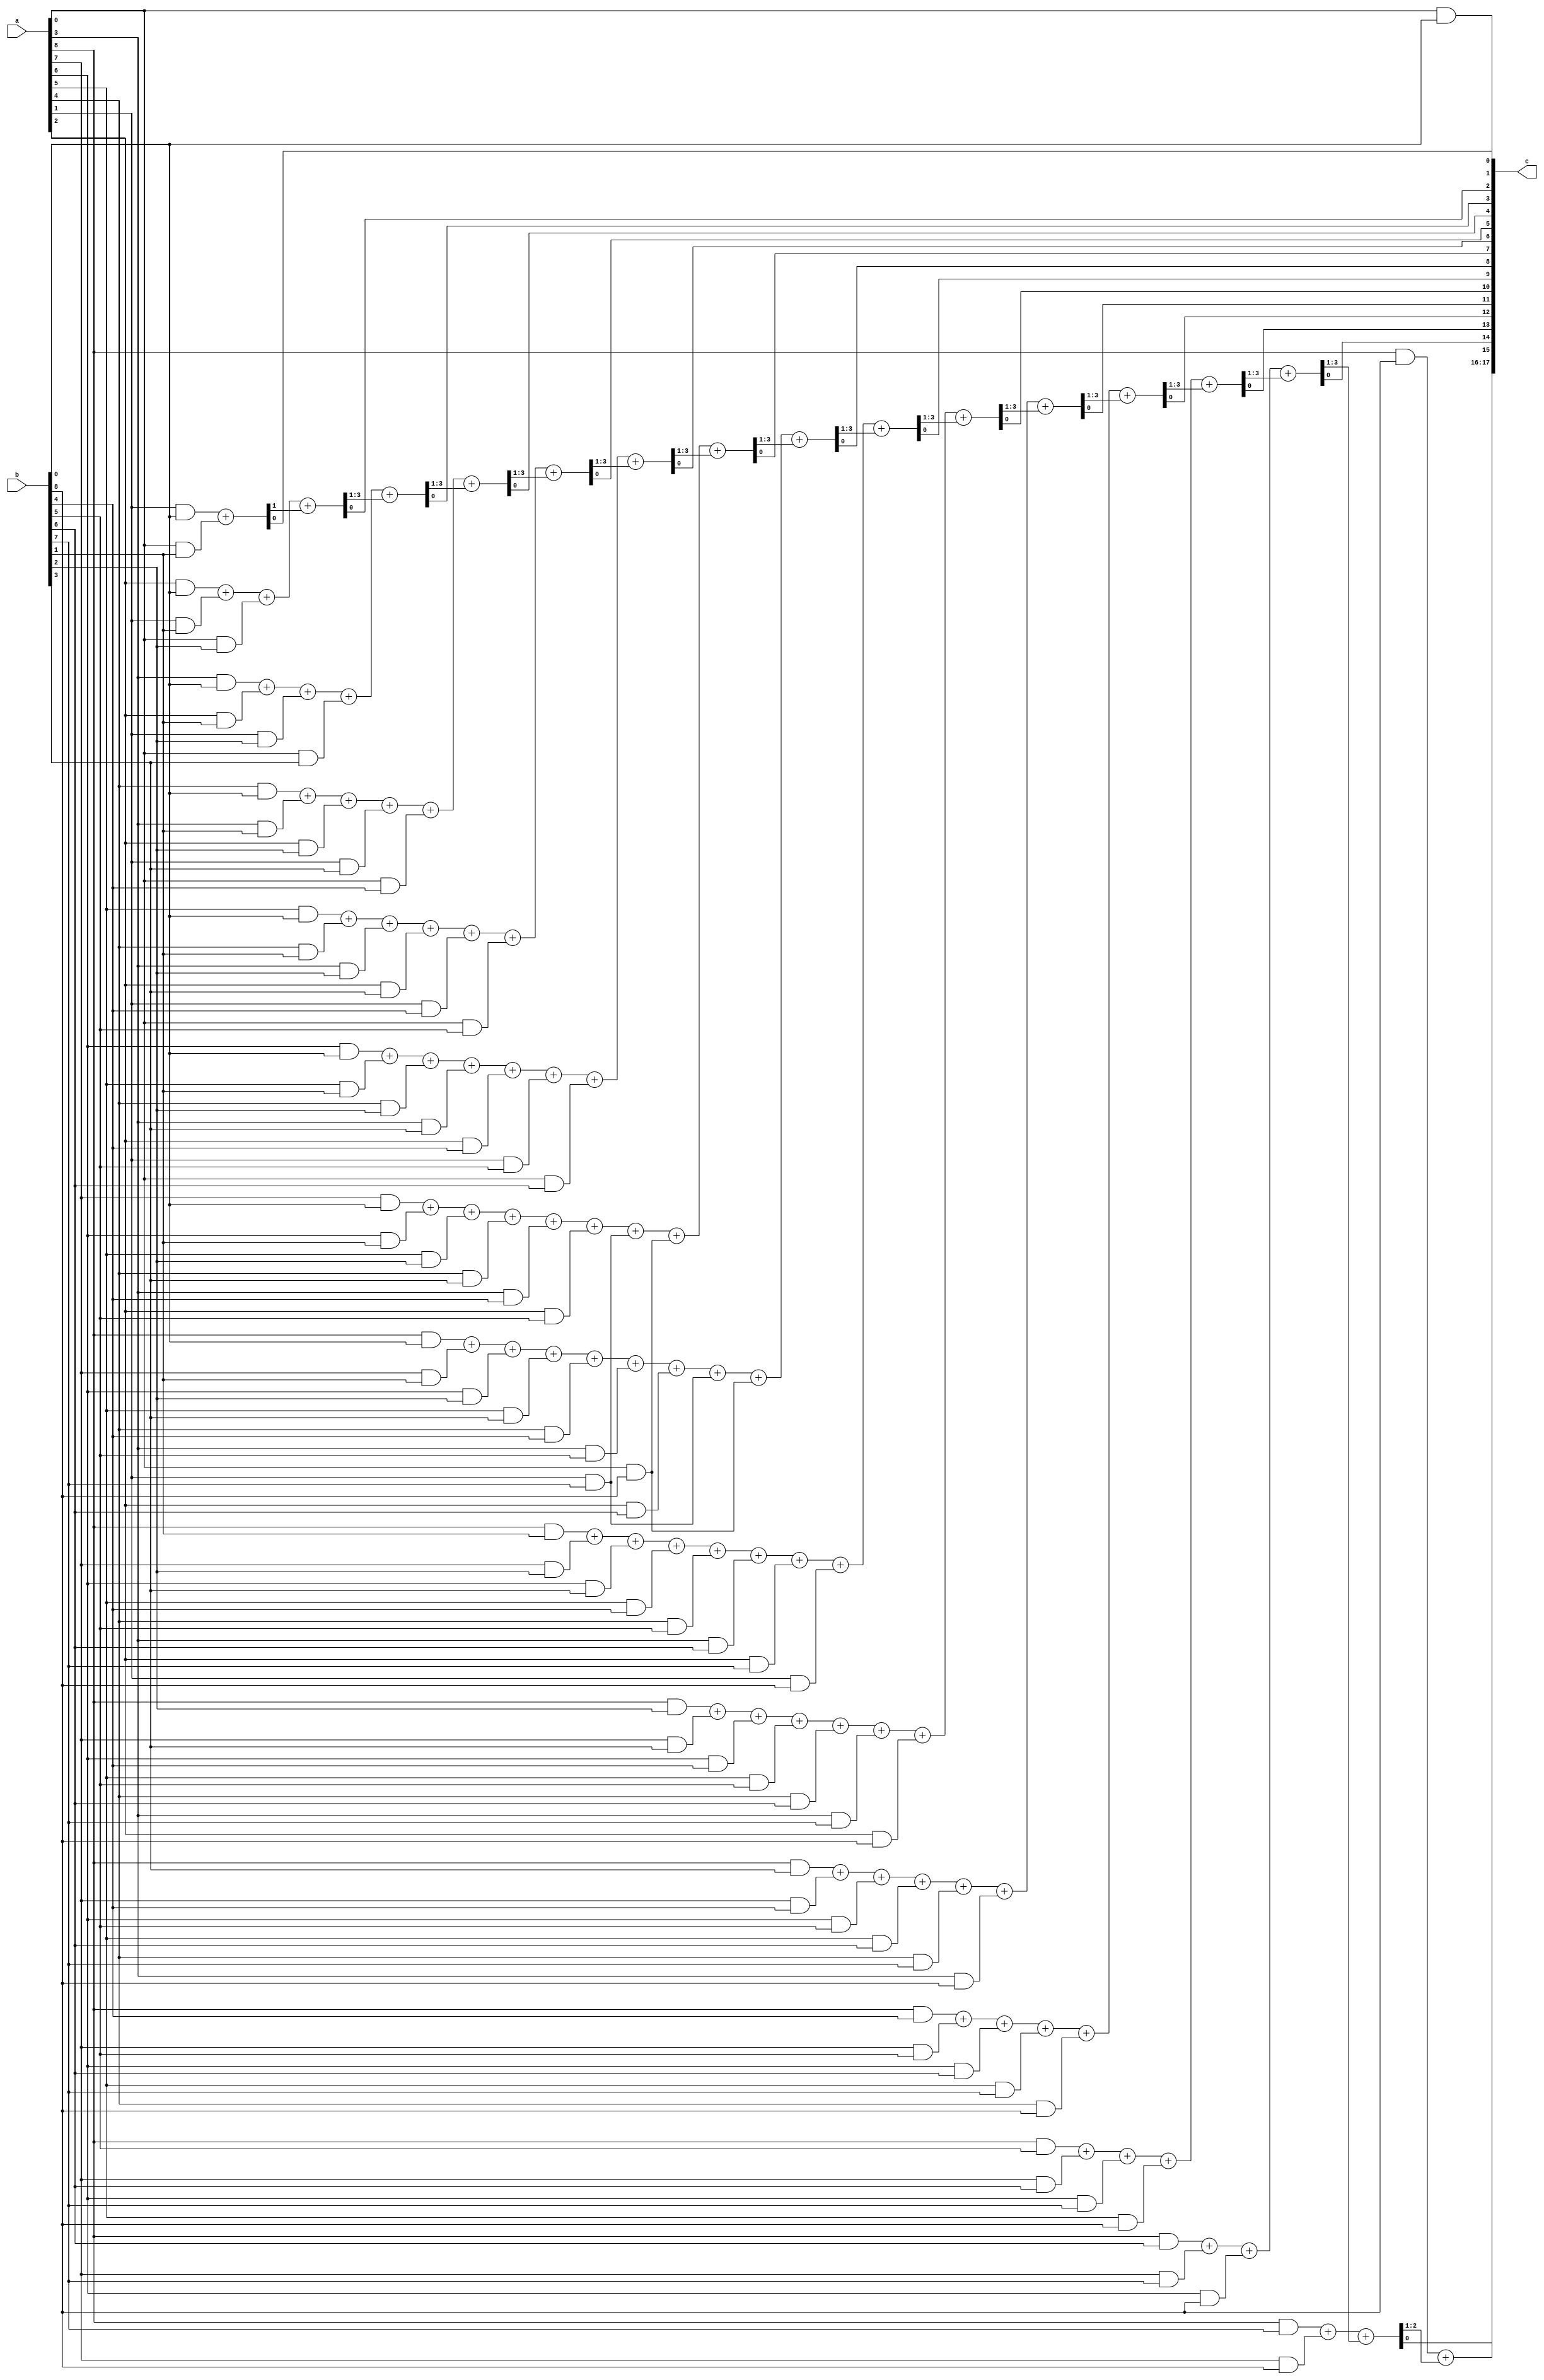
module Vedic_9_x_9(a,b,c);
input [8:0]a; 
input [8:0]b;
output [17:0]c;

wire [79:0]temp;
wire [2:0]cy0,cy1,cy2,cy3,cy4,cy5,cy6,cy7,cy8,cy9,cy10,cy11,cy12,cy13,cy14;


assign c[0]=a[0]&b[0]; 

assign temp[0]=a[1]&b[0];
assign temp[1]=a[0]&b[1];

assign temp[2]=a[2]&b[0];
assign temp[3]=a[1]&b[1];
assign temp[4]=a[0]&b[2];


assign temp[5]=a[3]&b[0];
assign temp[6]=a[2]&b[1];
assign temp[7]=a[1]&b[2];
assign temp[8]=a[0]&b[3];


assign  temp[9]=a[4]&b[0];
assign temp[10]=a[3]&b[1];
assign temp[11]=a[2]&b[2];
assign temp[12]=a[1]&b[3];
assign temp[13]=a[0]&b[4];


assign temp[14]=a[5]&b[0];
assign temp[15]=a[4]&b[1];
assign temp[16]=a[3]&b[2];
assign temp[17]=a[2]&b[3];
assign temp[18]=a[1]&b[4];
assign temp[19]=a[0]&b[5];


assign temp[20]=a[6]&b[0];
assign temp[21]=a[5]&b[1];
assign temp[22]=a[4]&b[2];
assign temp[23]=a[3]&b[3];
assign temp[24]=a[2]&b[4];
assign temp[25]=a[1]&b[5];
assign temp[26]=a[0]&b[6];


assign temp[27]=a[7]&b[0];
assign temp[28]=a[6]&b[1];
assign temp[29]=a[5]&b[2];
assign temp[30]=a[4]&b[3];
assign temp[31]=a[3]&b[4];
assign temp[32]=a[2]&b[5];
assign temp[33]=a[1]&b[7];
assign temp[34]=a[0]&b[8];


assign temp[35]=a[8]&b[0];
assign temp[36]=a[7]&b[1];
assign temp[37]=a[6]&b[2];
assign temp[38]=a[5]&b[3];
assign temp[39]=a[4]&b[4];
assign temp[40]=a[3]&b[5];
assign temp[41]=a[2]&b[6];
assign temp[42]=a[1]&b[7];
assign temp[43]=a[0]&b[8];

assign temp[44]=a[8]&b[1];
assign temp[45]=a[7]&b[2];
assign temp[46]=a[6]&b[3];
assign temp[47]=a[5]&b[4];
assign temp[48]=a[4]&b[5];
assign temp[49]=a[3]&b[6];
assign temp[50]=a[2]&b[7];
assign temp[51]=a[1]&b[8];

assign temp[52]=a[8]&b[2];
assign temp[53]=a[7]&b[3];
assign temp[54]=a[6]&b[4];
assign temp[55]=a[5]&b[5];
assign temp[56]=a[4]&b[6];
assign temp[57]=a[3]&b[7];
assign temp[58]=a[2]&b[8];


assign temp[59]=a[8]&b[3];
assign temp[60]=a[7]&b[4];
assign temp[61]=a[6]&b[5];
assign temp[62]=a[5]&b[6];
assign temp[63]=a[4]&b[7];
assign temp[64]=a[3]&b[8];

assign temp[59]=a[8]&b[3];
assign temp[60]=a[7]&b[4];
assign temp[61]=a[6]&b[5];
assign temp[62]=a[5]&b[6];
assign temp[63]=a[4]&b[7];
assign temp[64]=a[3]&b[8];


assign temp[65]=a[8]&b[4];
assign temp[66]=a[7]&b[5];
assign temp[67]=a[6]&b[6];
assign temp[68]=a[5]&b[7];
assign temp[69]=a[4]&b[8];


assign temp[70]=a[8]&b[5];
assign temp[71]=a[7]&b[6];
assign temp[72]=a[6]&b[7];
assign temp[73]=a[5]&b[8];


assign temp[74]=a[8]&b[6];
assign temp[75]=a[7]&b[7];
assign temp[76]=a[6]&b[8];

assign temp[77]=a[8]&b[7];
assign temp[78]=a[7]&b[8];

assign temp[79]=a[8]&b[8];

///////////////////////////////////

assign {cy0,c[1]}=temp[0]+temp[1];
assign {cy1,c[2]}=temp[2]+temp[3]+temp[4]+cy0;
assign {cy2,c[3]}=temp[5]+temp[6]+temp[7]+temp[8]+cy1;
assign {cy3,c[4]}=temp[9]+temp[10]+temp[11]+temp[12]+temp[13]+cy2;
assign {cy4,c[5]}=temp[14]+temp[15]+temp[16]+temp[17]+temp[18]+temp[19]+cy3;
assign {cy5,c[6]}=temp[20]+temp[21]+temp[22]+temp[23]+temp[24]+temp[25]+temp[26]+cy4;
assign {cy6,c[7]}=temp[27]+temp[28]+temp[29]+temp[30]+temp[31]+temp[32]+temp[33]+temp[34]+cy5;
assign {cy7,c[8]}=temp[35]+temp[36]+temp[37]+temp[38]+temp[39]+temp[40]+temp[41]+temp[42]+temp[43]+cy6;
assign {cy8,c[9]}=temp[44]+temp[45]+temp[46]+temp[47]+temp[48]+temp[49]+temp[50]+temp[51]+cy7;
assign {cy9,c[10]}=temp[52]+temp[53]+temp[54]+temp[55]+temp[56]+temp[57]+temp[58]+cy8;
assign {cy10,c[11]}=temp[59]+temp[60]+temp[61]+temp[62]+temp[63]+temp[64]+cy9;
assign {cy11,c[12]}=temp[65]+temp[66]+temp[67]+temp[68]+temp[69]+cy10;
assign {cy12,c[13]}=temp[70]+temp[71]+temp[72]+temp[73]+cy11;
assign {cy13,c[14]}=temp[74]+temp[75]+temp[76]+cy12;
assign {cy14,c[15]}=temp[77]+temp[78]+cy13;
assign {c[17],c[16]}=temp[79]+cy14;

endmodule